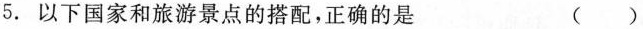
5.以下国家和旅游景点的搭配，正确的是 ( )